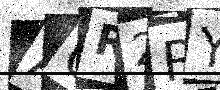
Text: AQR2RY